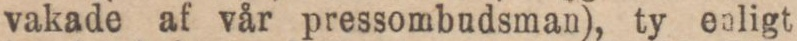
vakade af vår pressombudsman), ty enligt